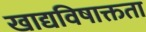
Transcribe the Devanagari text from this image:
खाद्यविषाक्तता